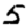
Digit: 5